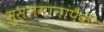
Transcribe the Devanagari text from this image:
मुसलमानांपैकी